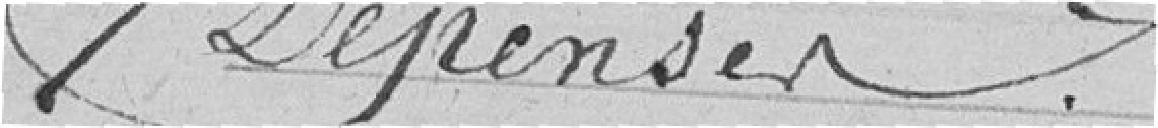
Dépenses